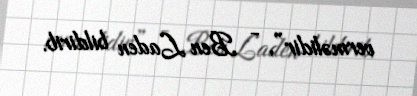
verməlidir”, - Ben Laden bildirib.